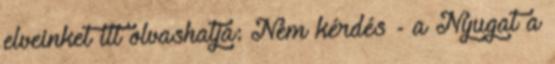
elveinket itt olvashatja: Nem kérdés - a Nyugat a